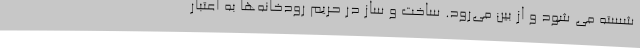
شسته می شود و از بین می‌رود. ساخت و ساز در حریم رودخانه‌ها به اعتبار